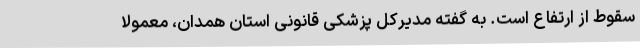
سقوط از ارتفاع است. به گفته مدیرکل پزشکی قانونی استان همدان، معمولاً